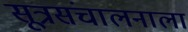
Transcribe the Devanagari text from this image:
सूत्रसंचालनाला